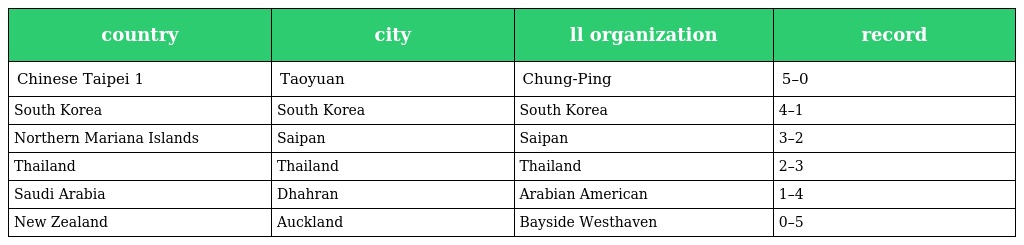
| country | city | ll organization | record |
 | --- | --- | --- | --- |
 | Chinese Taipei 1 | Taoyuan | Chung-Ping | 5–0 |
 | South Korea | South Korea | South Korea | 4–1 |
 | Northern Mariana Islands | Saipan | Saipan | 3–2 |
 | Thailand | Thailand | Thailand | 2–3 |
 | Saudi Arabia | Dhahran | Arabian American | 1–4 |
 | New Zealand | Auckland | Bayside Westhaven | 0–5 |